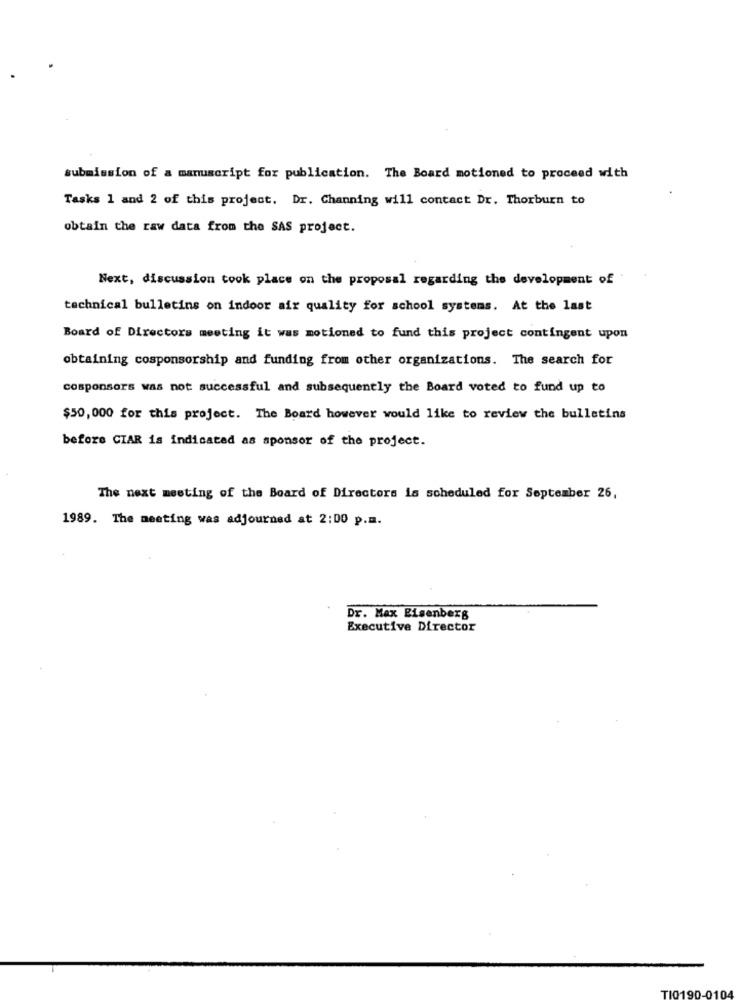
submission of a manuscript for publication. The Board motioned to proceed with
Tasks 1 and 2 of this project. Dr. Channing will contact Dr. Thorburn to
obtain the raw data from the SAS project.
Next, discussion took place on the proposal regarding the development of
technical bulletins on indoor air quality for school systems. At the last
Board of Directors meeting it was motioned to fund this project contingent upon
obtaining cosponsorship and funding from other organizations. The search for
cosponsors was not successful and subsequently the Board voted to fund up to
$50,000 for this project. The Board however would like to review the bulletins
before CIAR is indicated as sponsor of the project.
The next meeting of the Board of Directors is scheduled for September 26,
1989. The meeting was adjourned at 2:00 p.m.
Dr. Max Eisenberg
Executive Director